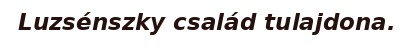
Luzsénszky család tulajdona.